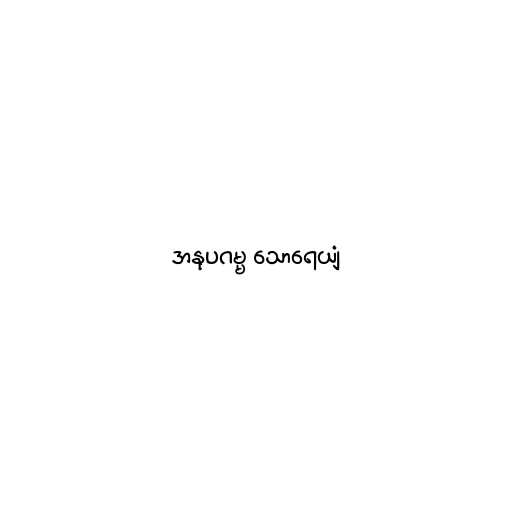
အနုပဂမ္မ သောရေယျံ